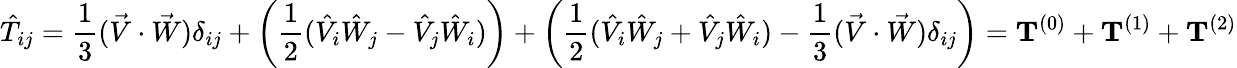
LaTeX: {\hat{T}}_{ij}={\frac{1}{3}}({\vec{V}}\cdot{\vec{W}})\delta_{ij}+\left({\frac{1}{2}}({\hat{V}}_{i}{\hat{W}}_{j}-{\hat{V}}_{j}{\hat{W}}_{i})\right)+\left({\frac{1}{2}}({\hat{V}}_{i}{\hat{W}}_{j}+{\hat{V}}_{j}{\hat{W}}_{i})-{\frac{1}{3}}({\vec{V}}\cdot{\vec{W}})\delta_{ij}\right)=\mathbf{T}^{(0)}+\mathbf{T}^{(1)}+\mathbf{T}^{(2)}